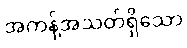
အကန့်အသတ်ရှိသော